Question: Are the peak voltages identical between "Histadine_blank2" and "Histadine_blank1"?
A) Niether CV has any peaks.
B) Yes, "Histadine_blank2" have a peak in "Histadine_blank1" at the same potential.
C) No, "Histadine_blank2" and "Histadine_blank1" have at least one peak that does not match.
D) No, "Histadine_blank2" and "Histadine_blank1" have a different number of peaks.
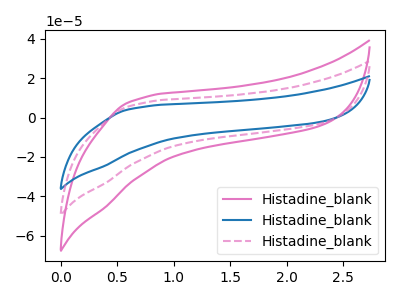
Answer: <think>The pink curve "Histadine_blank1" has no peaks. The blue curve "Histadine_blank2" has no peaks. The pink dashed curve "Histadine_blank3" has no peaks.</think>
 <answer>A) Niether CV has any peaks.</answer>
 <eval>A</eval>